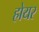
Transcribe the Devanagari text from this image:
होयर